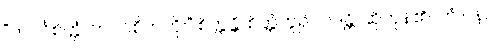
“ဘဝင်္ဂစိတ္တံ၊ ဘဝင်စိတ်ကို။” စိတ္တန္တိ၊ စိတ္တံဟူ၍။ ဝဒန္တိ၊ ဆိုကုန်၏။ တံ ပန၊